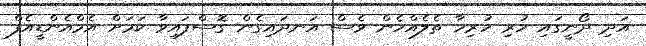
އަދި ދޯނީގައި ހުރި ހުރިހާ ތެލެއްހެން ވެސް އަނދައިގެން ގޮސްފައިވާ ކަމަށް އެމްއެންޑީއެފް